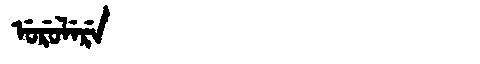
Manchu: ᡠᡵᡠᠯᡝᡵᡝ
Romanization: URULERE